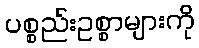
ပစ္စည်းဥစ္စာများကို